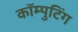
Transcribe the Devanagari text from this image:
कॉम्पुटिंग